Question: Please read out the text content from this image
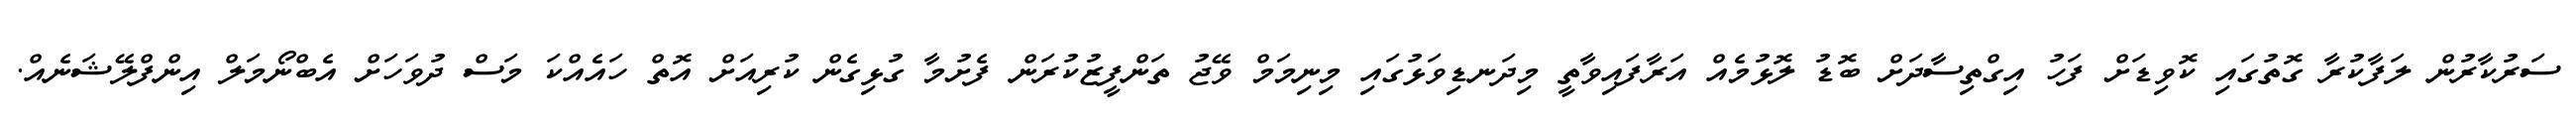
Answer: ސަރުކާރުން ލަފާކުރާ ގޮތުގައި ކޮވިޑަށް ފަހު އިގްތިސާދަށް ބޮޑު ލޮޅުމެއް އަރާފައިވާތީ މިދަނޑިވަޅުގައި މިނިމަމް ވޭޖު ތަންފީޒުކުރަން ފެށުމާ ގުޅިގެން ކުރިއަށް އޮތް ހައެއްކަ މަސް ދުވަހަށް އެބްނޯމަލް އިންފްލޭޝަނެއް.